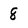
Character: 8